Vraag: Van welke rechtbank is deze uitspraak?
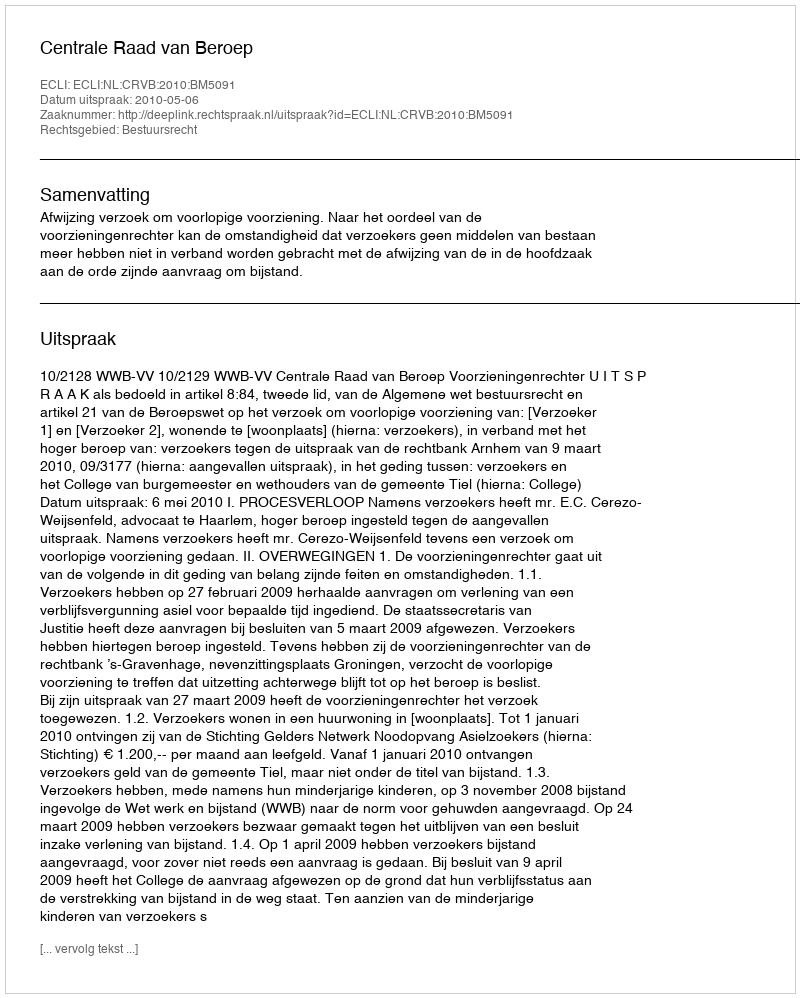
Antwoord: Centrale Raad van Beroep